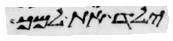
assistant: ילד את למך